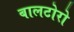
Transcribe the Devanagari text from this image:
बालटोरो